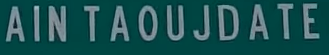
AINTAOUJDATE